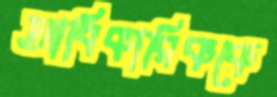
আধিকারিককে